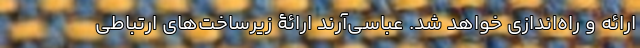
ارائه و راه‌اندازی خواهد شد. عباسی‌آرند ارائۀ زیرساخت‌های ارتباطی